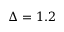
\Delta = 1 . 2